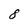
Character: 8